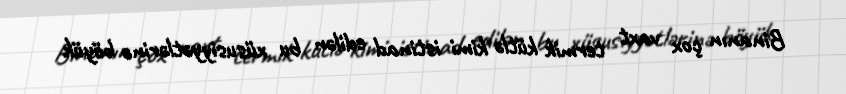
Binanın çox vaxt termik kütlə kimi istinad edilən bu xüsusiyyətlərinə böyük